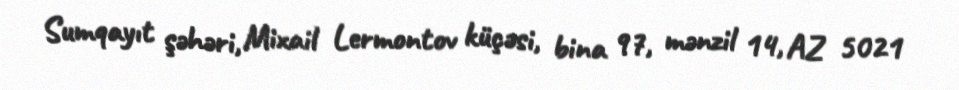
Sumqayıt şəhəri, Mixail Lermontov küçəsi, bina 97, mənzil 14, AZ 5021